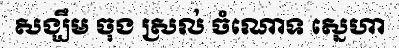
សង្ឃឹម ចុង ស្រល់ ចំណោទ ស្នេហា